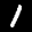
Label: 1